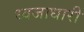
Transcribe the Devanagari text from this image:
ध्वजाधारी